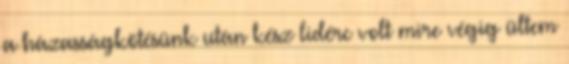
a házasságkötésünk után kész lidérc volt mire végig ültem